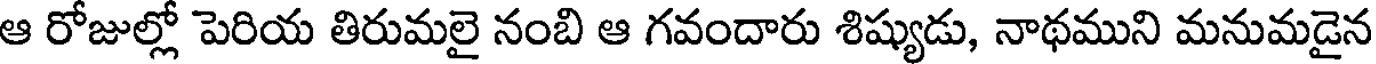
ఆ రోజుల్లో పెరియ తిరుమలై నంబి ఆ గవందారు శిష్యుడు, నాథముని మనుమడైన